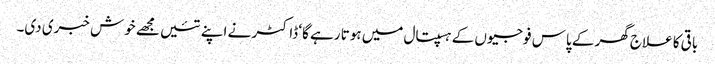
باقی کا علاج گھر کے پاس فوجیوں کے ہسپتال میں ہوتا رہے گا‘ ڈاکٹر نے اپنے تئیں مجھے خوش خبری دی۔